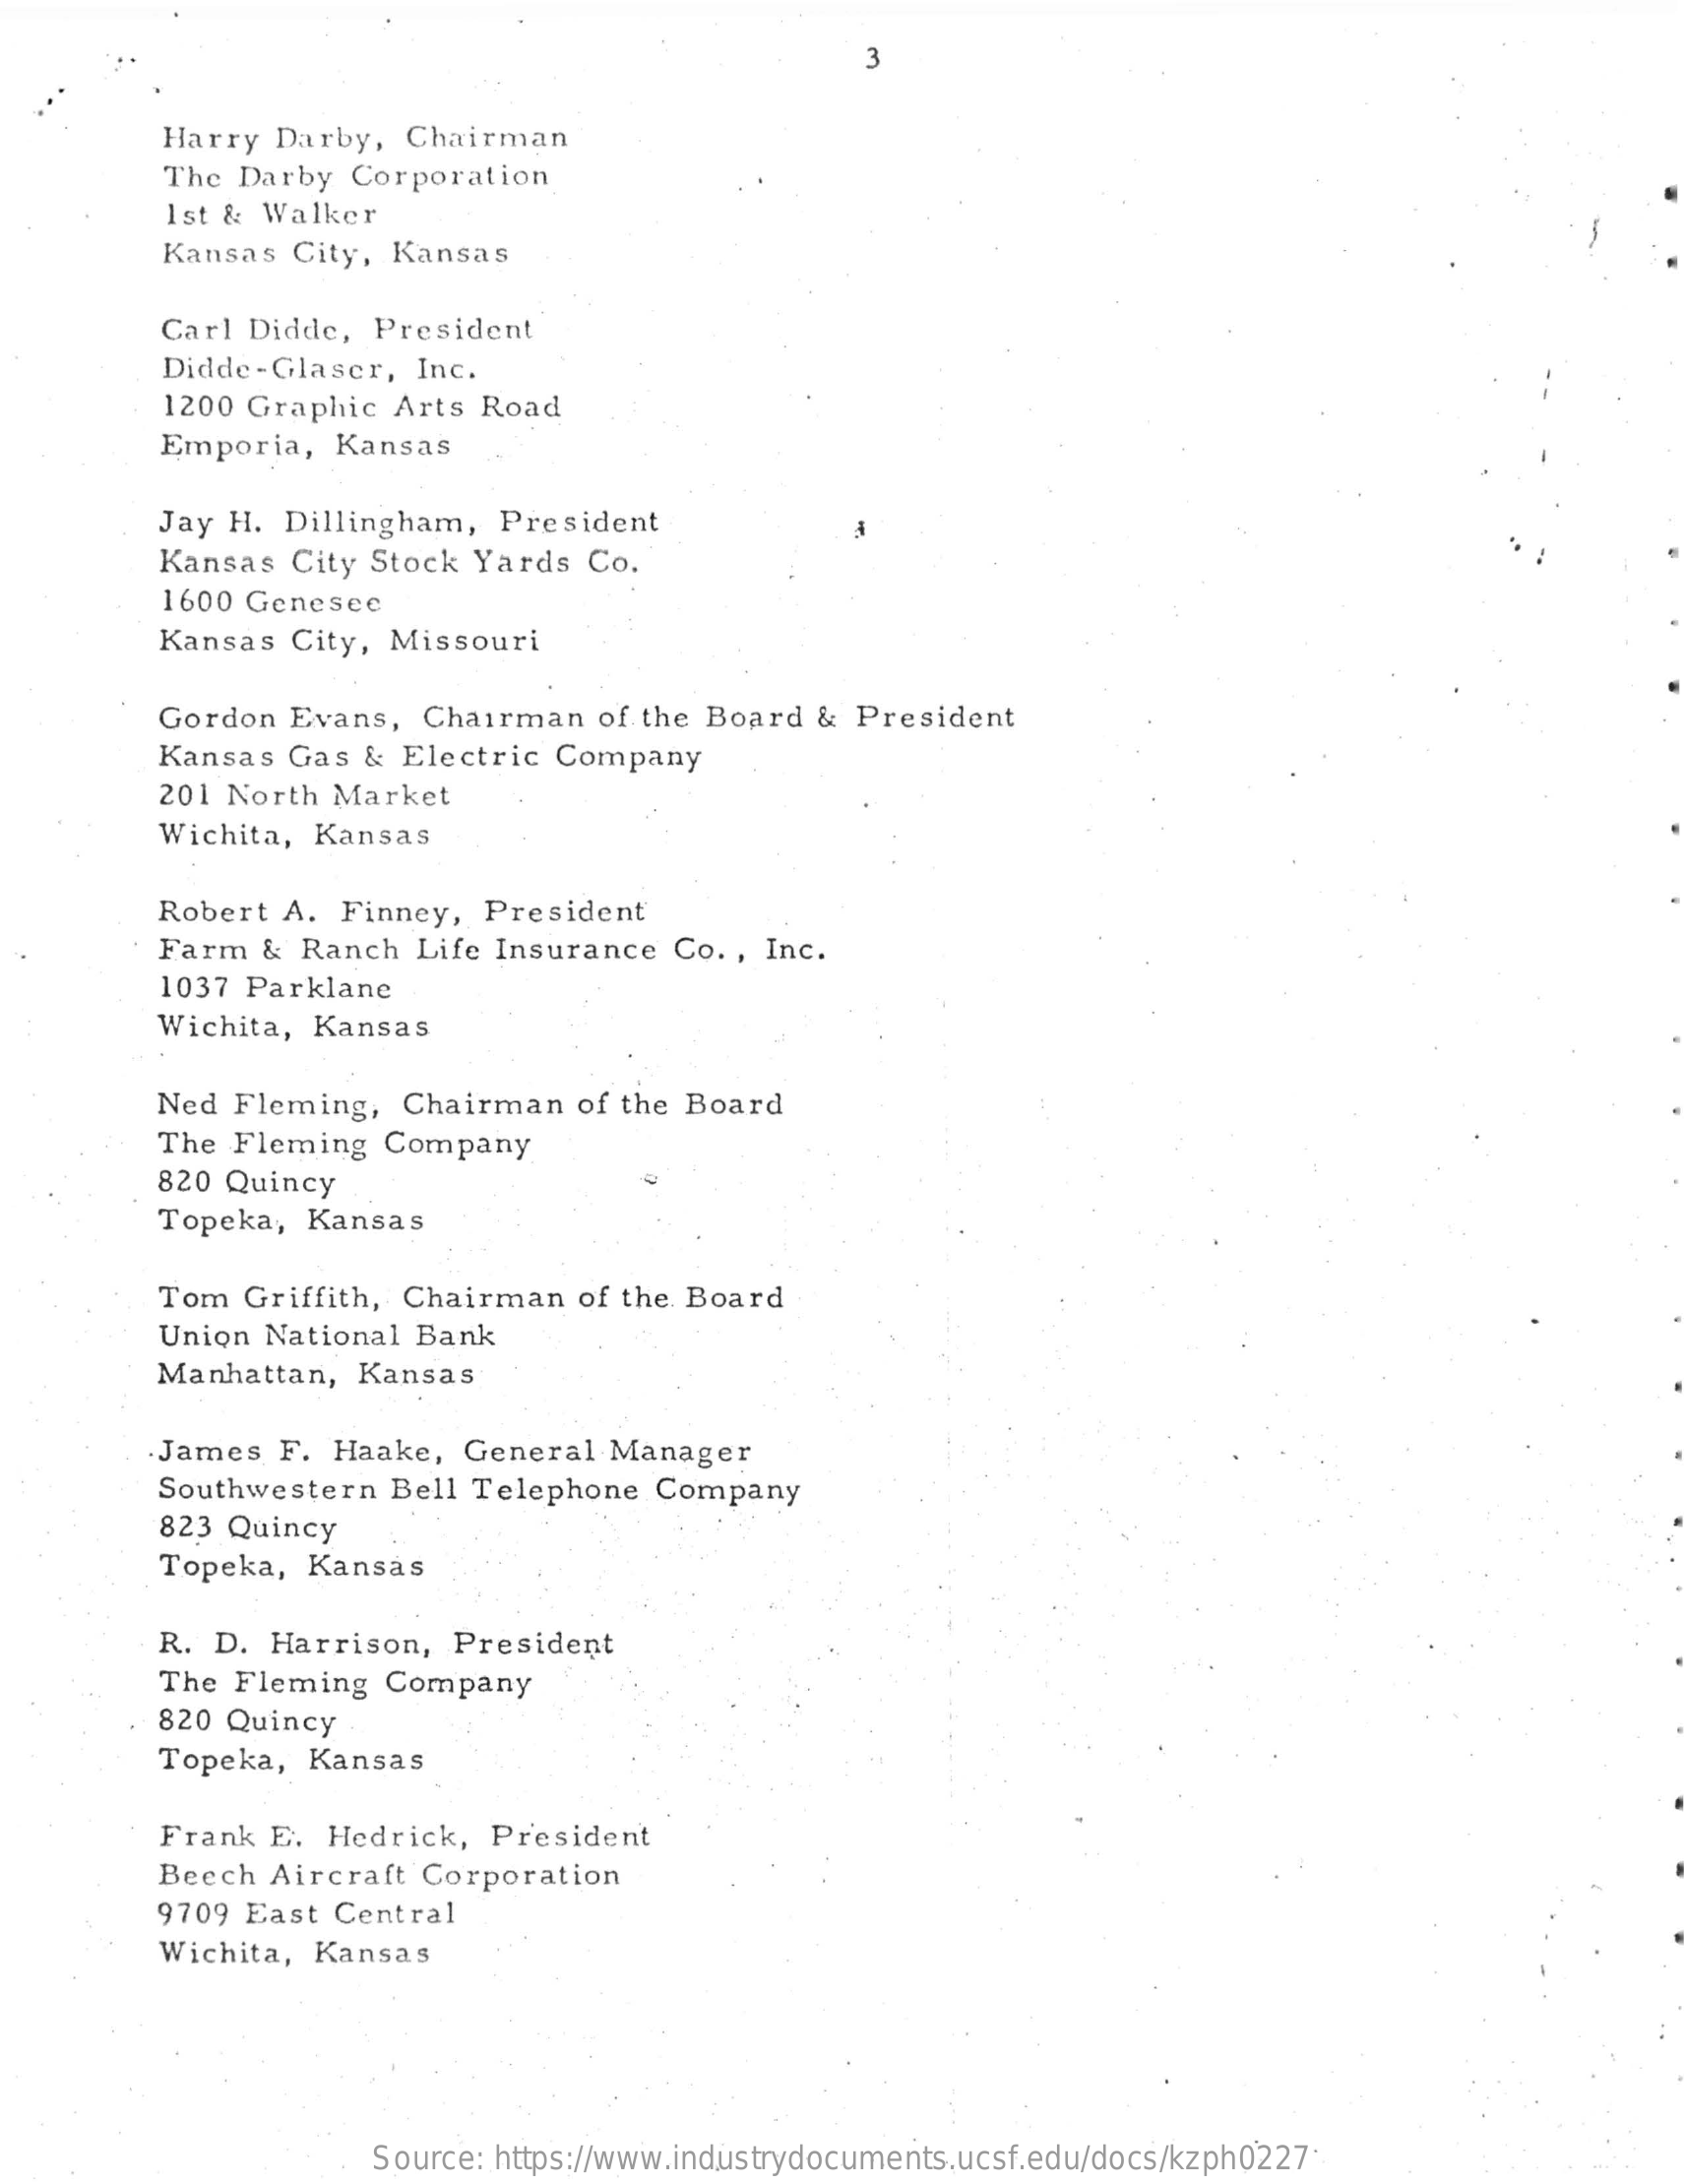
3
     Harry  Darby,  Chairman
     The Darby  Corporation
     1st & Walker
     Kansas  City, Kansas
     Carl Didde,  President
     Didde-Glaser,   Inc.
     1200 Graphic   Arts Road
     Emporia,   Kansas
     Jay H.  Dillingham,  President
     Kansas  City Stock  Yards  Co.
     1600 Genesee
     Kansas  City, Missouri
     Gordon  Evans,  Chairman   of the Board  &  President
     Kansas  Gas  & Electric  Company
     201 North  Market
     Wichita, Kansas
     Robert  A. Finney,  President
     Farm  &  Ranch  Life Insurance  Co. , Inc.
     1037 Parklane
     Wichita, Kansas
     Ned Fleming,   Chairman   of the Board
     The Fleming   Company
     820 Quincy
     Topeka,  Kansas
     Tom  Griffith, Chairman   of the Board
     Union National  Bank
     Manhattan,  Kansas
     .James  F.  Haake,  General  Manager
     Southwestern  Bell  Telephone  Company
     823 Quincy
     Topeka,  Kansas
     R. D.  Harrison,  President
     The Fleming   Company
     820 Quincy
     Topeka,  Kansas
     Frank  E. Hedrick,   President
     Beech  Aircraft Corporation
     9709 East  Central
     Wichita, Kansas
     Source: https://www.industrydocuments.ucsf.edu/docs/kzph0227